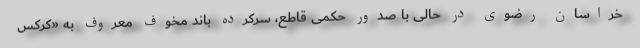
خراسان رضوی در حالی با صدور حکمی قاطع، سرکرده باند مخوف معروف به «کرکس